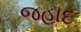
જહાદ